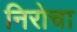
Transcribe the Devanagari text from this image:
निरोचा